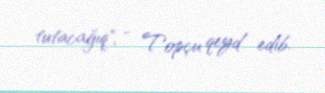
tutacağıq", - Topçu qeyd edib.